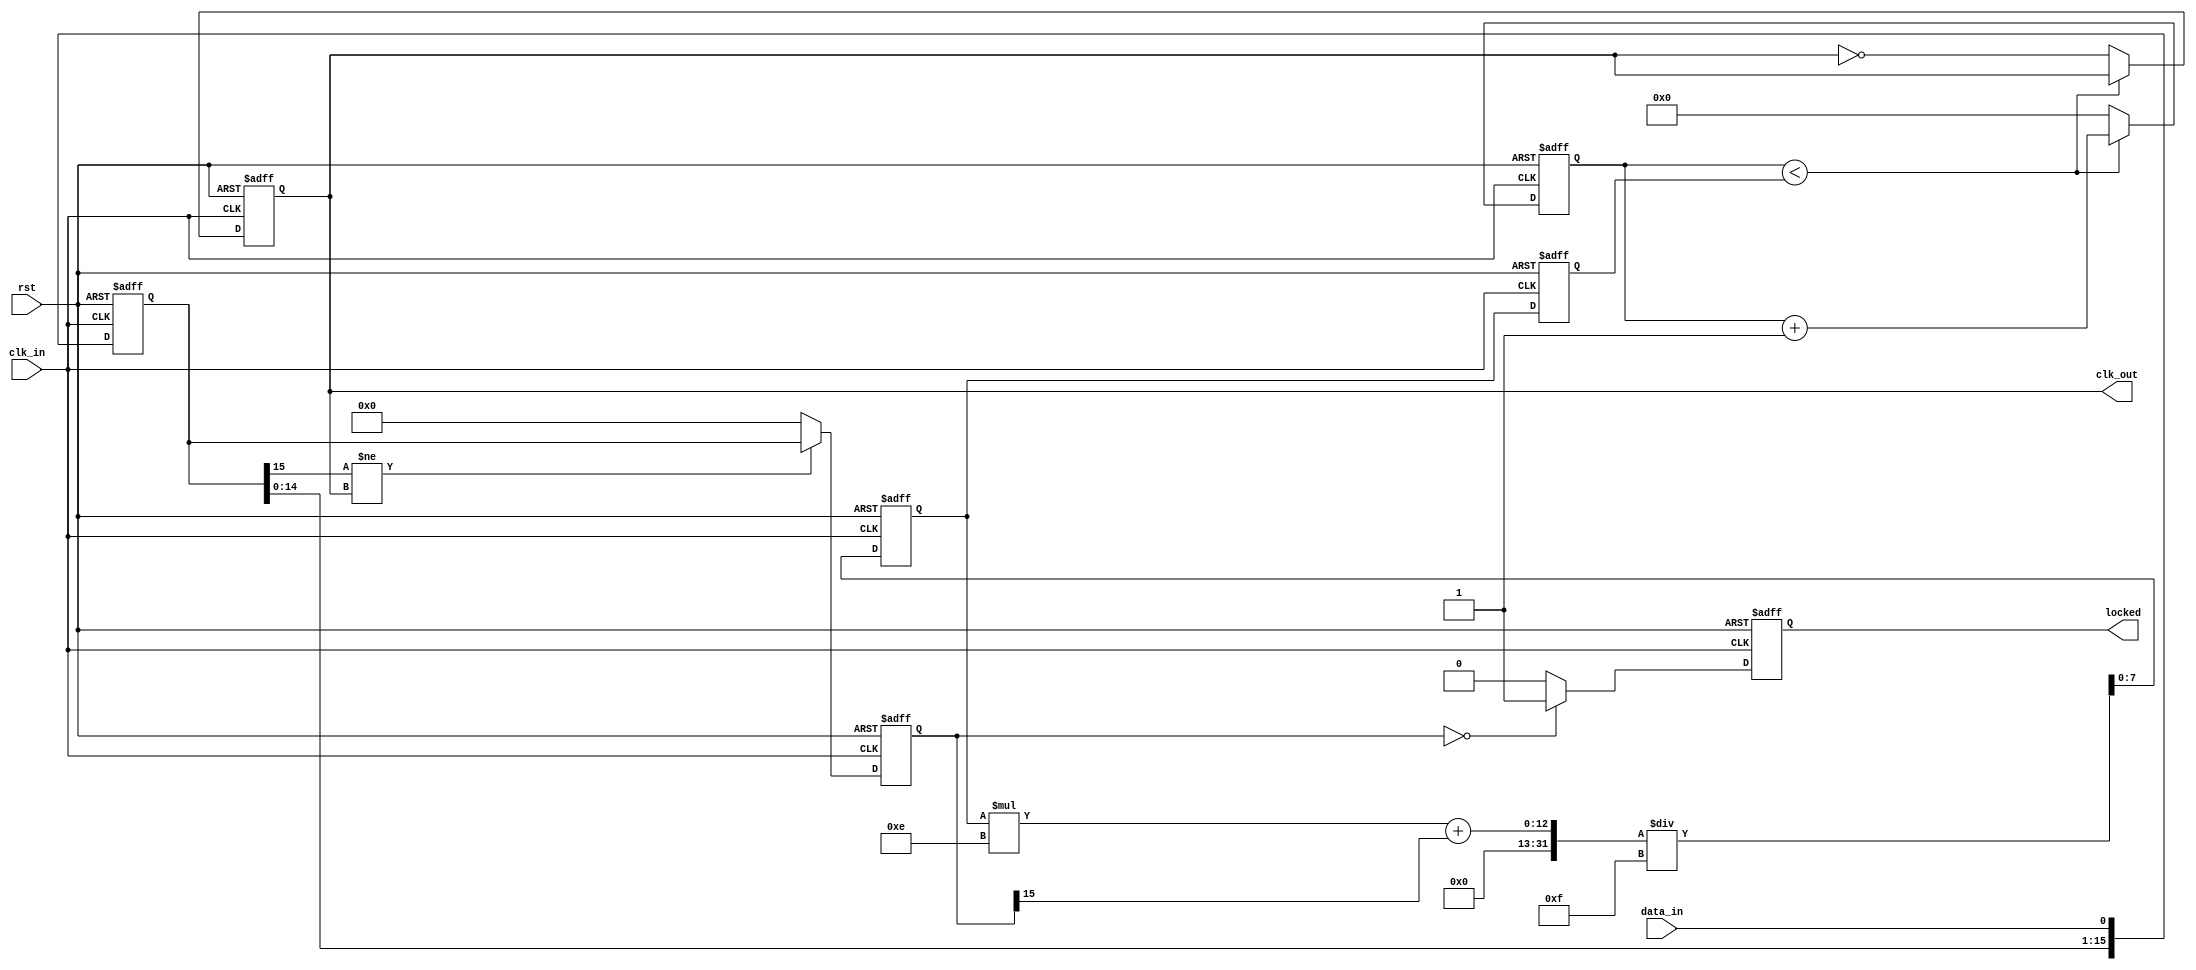
module ClockRecoveryPLL (
    input wire clk_in,                  // Incoming clock/data signal
    input wire data_in,                 // Incoming data stream
    input wire rst,                     // Reset signal
    output reg clk_out,                 // Output recovered clock
    output reg locked                   // Lock indicator
);

// Parameters
parameter N = 16;                      // Number of phases to sample (for memory block)
parameter FILTER_COEF = 8'h0F;        // Loop filter coefficient (for smoothing)

// Internal signals
reg [N-1:0] phase_memory;              // Memory block for phase information
reg [N-1:0] phase_error;               // Phase error signal
reg [7:0] control_voltage;              // Control voltage for VCO
reg [7:0] vco_freq;                    // VCO frequency
reg [7:0] vco_count;                   // VCO counter

// Phase Detector (PD)
always @(posedge clk_in or posedge rst) begin
    if (rst) begin
        phase_memory <= 0;
        phase_error <= 0;
    end else begin
        // Simple phase comparison between data_in and expected clk_out
        phase_memory <= {phase_memory[N-2:0], data_in};
        // Example phase error calculation
        if (phase_memory[N-1] != clk_out) begin
            phase_error <= phase_memory;
        end else begin
            phase_error <= 0;
        end
    end
end

// Loop Filter (LF)
always @(posedge clk_in or posedge rst) begin
    if (rst) begin
        control_voltage <= 0;
    end else begin
        // Simple low-pass filter implementation
        control_voltage <= (control_voltage * (FILTER_COEF - 1) + phase_error[N-1]) / FILTER_COEF;
    end
end

// Voltage-Controlled Oscillator (VCO)
always @(posedge clk_in or posedge rst) begin
    if (rst) begin
        vco_freq <= 0;
        clk_out <= 0;
        vco_count <= 0;
        locked <= 0;
    end else begin
        // Adjust VCO frequency based on control voltage
        vco_freq <= control_voltage;

        // Generate output clock signal based on VCO frequency
        if (vco_count < vco_freq) begin
            vco_count <= vco_count + 1;
        end else begin
            vco_count <= 0;
            clk_out <= ~clk_out;  // Toggle clock output
        end

        // Lock detection (simple example)
        if (phase_error == 0) begin
            locked <= 1;  // Indicate locked state
        end else begin
            locked <= 0;  // Not locked
        end
    end
end

endmodule